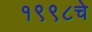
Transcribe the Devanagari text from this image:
१९९८चे